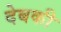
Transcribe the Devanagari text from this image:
देबकी